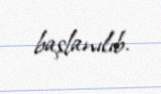
başlanılıb.